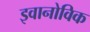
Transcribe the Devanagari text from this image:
इवानोविक